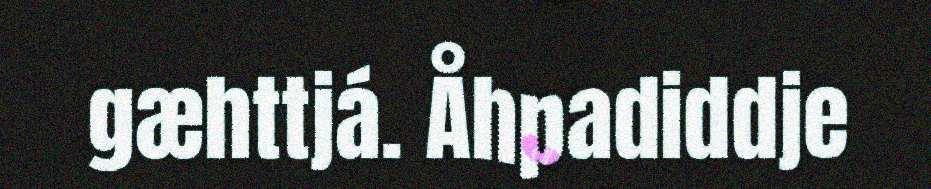
gæhttjá. Åhpadiddje